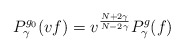
\begin{align*}P_{\gamma}^{g_0}(vf) = v^{\frac{N + 2\gamma}{N - 2\gamma}}P_{\gamma}^g(f)\end{align*}